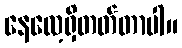
နေလေ့ရှိတတ်တာပါ။